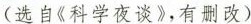
（选自《科学夜谈》，有删改）